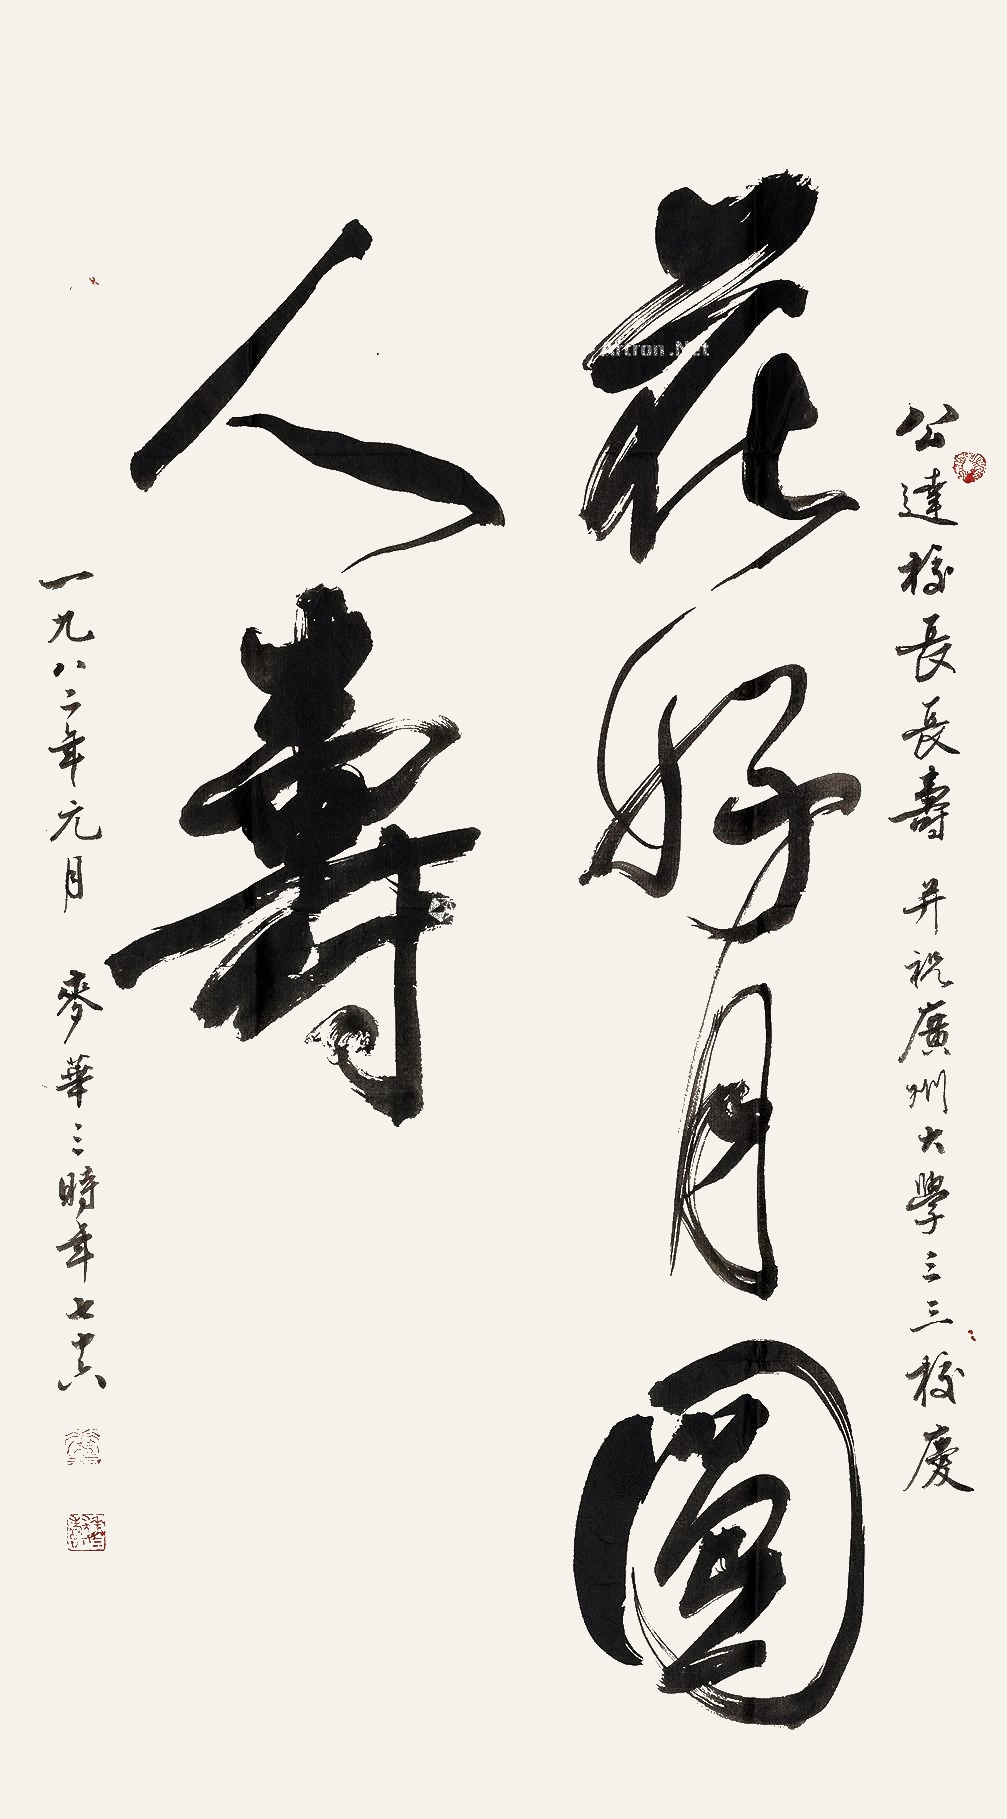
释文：花好月圆人寿。公达校长长寿，并祝广州大学三三校庆。一九八二年元月，麦华三时年七十六。